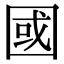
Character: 國